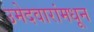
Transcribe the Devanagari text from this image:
उमेदवारांमधून